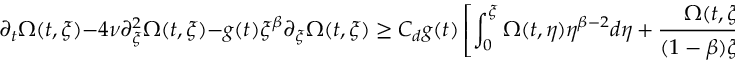
\partial _ { t } \Omega ( t , \xi ) - 4 \nu \partial _ { \xi } ^ { 2 } \Omega ( t , \xi ) - g ( t ) \xi ^ { \beta } \partial _ { \xi } \Omega ( t , \xi ) \geq C _ { d } g ( t ) \left[ \int _ { 0 } ^ { \xi } \Omega ( t , \eta ) \eta ^ { \beta - 2 } d \eta + \frac { \Omega ( t , \xi ) } { ( 1 - \beta ) \xi ^ { 1 - \beta } } \right]